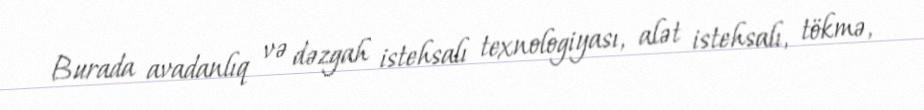
Burada avadanlıq və dəzgah istehsalı texnologiyası, alət istehsalı, tökmə,